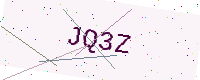
Text: JQ3Z